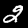
Label: 2